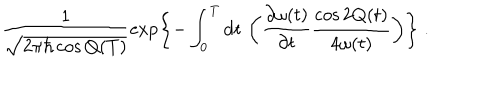
\frac { 1 } { \sqrt { 2 \pi \hbar \cos Q ( T ) } } \exp \left\{ - \int _ { 0 } ^ { T } \mathrm { d t } \, \left( \frac { \partial \omega ( t ) } { \partial t } \frac { \cos 2 Q ( t ) } { 4 \omega ( t ) } \right) \right\} \; .